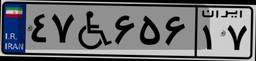
۸۹W۱۰۸۶۲